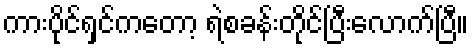
ကားပိုင်ရှင်ကတော့ ရဲစခန်းတိုင်ပြီးလောက်ပြီ။